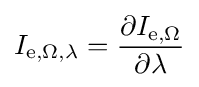
I_{\mathrm {e} ,\Omega ,\lambda }={\frac {\partial I_{\mathrm {e} ,\Omega }}{\partial \lambda }}